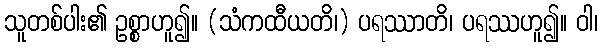
သူတစ်ပါး၏ ဥစ္စာဟူ၍။ (သံကထီယတိ၊) ပရဿာတိ၊ ပရဿဟူ၍။ ဝါ၊